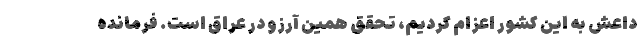
داعش به این کشور اعزام کردیم، تحقق همین آرزو در عراق است. فرمانده